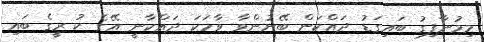
މިމުނާފިގު ބައިގަޑު ދައްކަން ބޭނުންވާ ވާހަކަ ދައްކާނީ އޭގެ ކު ރީިގެ ބައި